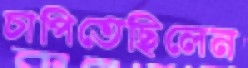
চাপিতেছিলেন